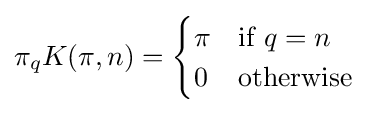
\pi _{q}K(\pi ,n)={\begin{cases}\pi &{\text{if }}q=n\\0&{\text{otherwise}}\end{cases}}